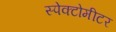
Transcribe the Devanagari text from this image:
स्पेक्टोमीटर